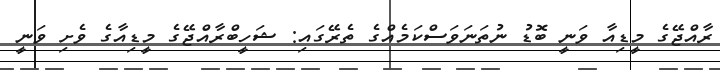
ރާއްޖޭގެ މީޑިއާ ވަނީ ބޮޑު ނުތަނަވަސްކަމެއްގެ ތެރޭގައި: ޝަހީބްރާއްޖޭގެ މީޑިއާގެ ވެށި ވަނީ